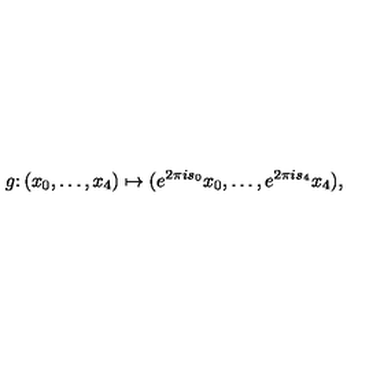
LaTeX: g \colon ( x _ { 0 } , \ldots , x _ { 4 } ) \mapsto ( e ^ { 2 \pi i s _ { 0 } } x _ { 0 } , \ldots , e ^ { 2 \pi i s _ { 4 } } x _ { 4 } ) ,